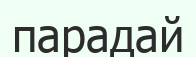
парадай